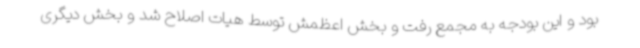
بود و این بودجه به مجمع رفت و بخش اعظمش توسط هیات اصلاح شد و بخش دیگری